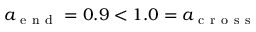
a _ { \mathrm { ~ e ~ n ~ d ~ } } = 0 . 9 < 1 . 0 = a _ { \mathrm { ~ c ~ r ~ o ~ s ~ s ~ } }